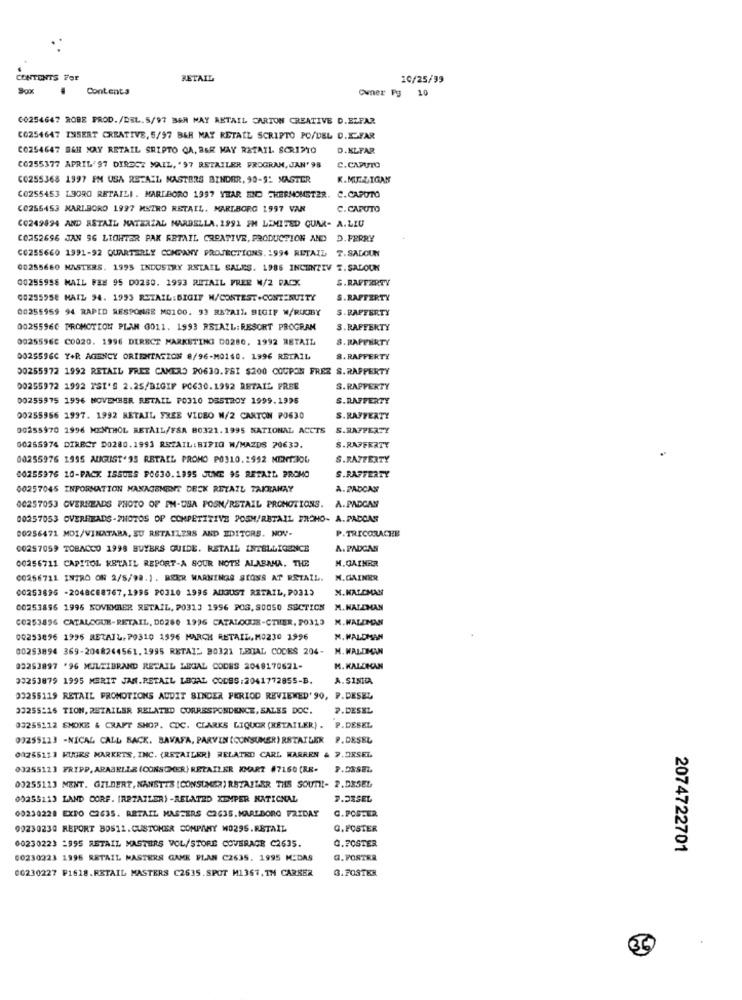
CONTENTS For
RETAIL
10/25/99
Box
Contents
Owner Pg 10
60254647 ROBE PROD./DEL.5/97 BGH MAY RETAIL CARION CREATIVE D.ELFAR
CO254647 INSERT CREATIVE, 5/97 B&R MAY RETAIL SCRIPTO PO/DEL D.K.FAR
CO254647 BGH NAY RETAIL SRIPTO QA, BAR MAY RETAIL SCRIPTO
D.KLFAR
(6255377 APRIL'97 DIRDCZ MAIL, '97 RETAILER PROGRAM, JAN' 98
C.CAPUTO
CO255368 1997 EM USA RETAIL MASTERS BINDER, 90-9: MASTER
K.MU .. LIGAK
C0255453 L9ORO RETAILI . MARLBORO 1997 YEAR END THERNOMST2R. C.CAPUTO
(0255453 MARLBORO 1997 MSZRO RETAIL. MARLBORO 1997 VAN
C. CAPUTO
CO249494 AND ASTAIL MATERIAL MARBELLA. 1991 IM LIMITED QUAR- A.LIU
C0352696 JAN 96 LIGHTAR PAK RETAIL CREATIVE, PRODUCTION AND D.FERRY
CO255660 1991-92 QUARTERLY COMPANY PROJECTIONS. 1994 RETAIL T.SALOUN
00255660 MASTERS. 1995 INDUSTRY RETAIL SALES. 1986 INCENTIV T. SALOUN
00255958 MAIL F&# 95 DO250. 1993 RETAIL FREE N/2 PACX
S.RAFFERTY
(0235958 MAIL 94. 1993 RETAIL:BIGIT M/CONTEST.CONTENUITY
S.RAFFERTY
00255959 94 RAPID RESPONSE MO100. 93 R&?AIL BIGIF W/RUGBY
S.RAFFERTY
00255960 PROMOTION PLAN 0011. 1993 RETAIL: RESORT PROGRAM
S.RAFFERTY
00255962 C0020. 1996 DIRECT MARKETING 00280, 1992 RETAIL
S. RAFFERTY
0025596C Y+R AGENCY ORIENTATION 8/96-MQ140. 1996 RETAIL
8. RAFFERTY
00255972 1992 RETAIL FREE CAMERO PO630.FSI $200 COUPON FREE S.RAPPERTY
00255972 1992 ISI'S 2.25/BIGIF PC630.1992 RETAIL FREE
S. RAPPERTY
00255975 1996 NOVEMBER RETAIL PO310 DESTROY 1999.1996
S.RAFFERTY
00255956 1997. 1992 RETAIL FREE VIDEO N/2 CARTON PO630
S. RAFFERTY
00255970 1996 MENTHOL RETAIL/FSA B0321.1995 NATIONAL ACCTS
S.RAFFERTY
00255974 DIRECT DO280.1993 RETAIL:BIPIG W/MAZDS 70633.
S.RAFFERTY
00255976 1995 AUGUST'95 RETAIL PROMO PO310.2992 MENTZIOL
S.RAFFERTY
00255976 10-PACK ISSUES F0630.1995 JUNE 95 RETAIL PROMO
S.RAFFERTY
00257045 INFORMATION MANAGEMENT DECK RETAIL TAKBANAY
A. PADCAN
00257053 OVERHEADS PHOTO OF PM-USA POSN/RETAIL PROMOTIONS. A.PADCAN
00257053 OVERHEADS-PHOTOS OF COMPETITIVE 205M/RETAIL FRCHO- A.PADOAS
00256471 MOI/VINATABA, SU RETAILERS AND EDITORS. NOV-
P.TRICORACHE
00257059 TOBACCO 1998 BUYERS GUIDE. RETAIL INTELLIGENCE
A. PADCAS
M.GAINER
00256711 CAPITOL RETAIL REPORT-A SOUR NOTE ALABAMA, THE
00256711 INTRO ON 2/5/98.). REKR WARNINGS SIOSS AT RETAIL.
N. GAINER
N.KALCHAN
00253895 -2048C68767,1995 P0310 1995 AUGUST RETAIL, PO31)
00253896 1996 NOVEMBER RETAIL, PO313 1996 POS, SOOSO SECTION M.WALDMAN
CO253896 CATALOGUE-RETAIL, DO260 1996 CATALOGUE-CTHIER, PO3LD N. WALDMAN
00253896 1996 RETAIL. P0310 1996 MARCH RETAIL.M0230 1996
M. WALDMAN
00253894 369-2048244561.1995 RETAI" B0321 LESAL CODES 204- M.WALDMAN
83253897 '96 MULTIBRAND RETAIL LEGAL CODES 2048170621-
M. KALDIAN
30253879 1995 MERIT JAN.RETAIL LEGAL CODES:2041772855-B.
A.SINTIA
09255119 RETAIL PROMOTIONS AUDIT BINDER PERIOD REVIEWED' 90, P.DESEL
33255216 TION, RETAILER RELATED CORRESPONDENCE, SALES DOC.
P.DESEL
03255112 SMOKE & CRAFT SHOP. CDC. CLARKS LIQUOR (RETAILER). P.DESEL
03255123 -NICAL CALL BACK. BAVAFA, PARVIN (CONSUMER) RETAILER P. DESEL
00255133 KUGRS MARKETS, INC. (RETAILER) RELATED CARL WARREN & 7.DRSEL
03255123 FRIPP, ARABELLA (CONSOMER) RETAILER KMART #7160 (RE- P.DESEL
00255113 MENT. GILBERT, NANSTTS [CONSUMER) RETAILER THS SOUTH- 2.DESEL
00255113 LAND CORF. (RETAILER) -RELATED XEMPER NATIONAL
9.33SEL
00230228 EXPO C2635. RETAIL MASTERS C2635. MAREDORG FRIDAY
C.FOSTER.
90230230 REPORT BOS11.CUSTOMER COMPANY W029S.R&TAIL
G.FOSTER
Q.FOSTER
00230223 1995 RETAIL MASTERS VOL/STORE COVERAGE C2635.
2074722701
00230223 1996 RETAIL MASTERS GAME PLAN C2635. 1995 MEDAS
Q. FOSTER
06230227 F1618.RETAIL MASTERS C2635.SPOT M1367, IN CAREER
3.FOSTER